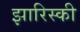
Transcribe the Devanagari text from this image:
झारिस्की